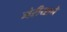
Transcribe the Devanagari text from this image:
मेरीयाचे